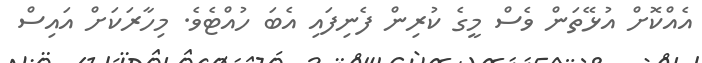
އެއްކޮށް އުޅޭތަން ވެސް މީގެ ކުރިން ފެނިފައި އެބަ ހުއްޓެވެ. މިހާރަކަށް އައިސް